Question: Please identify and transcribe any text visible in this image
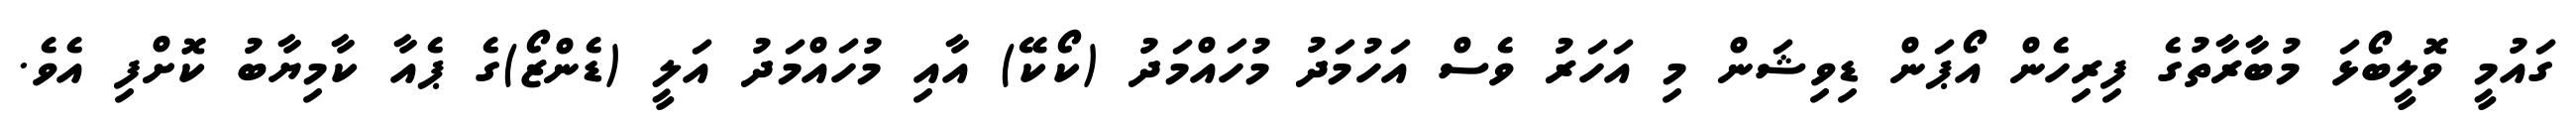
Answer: ގައުމީ ވޮލީބޯޅަ މުބާރާތުގެ ފިރިހެން އޯޕަން ޑިވިޝަން މި އަހަރު ވެސް އަހުމަދު މުހައްމަދު (ކޯކޭ) އާއި މުހައްމަދު އަލީ (ޑެންޒޯ)ގެ ޕެއާ ކާމިޔާބު ކޮށްފި އެވެ.